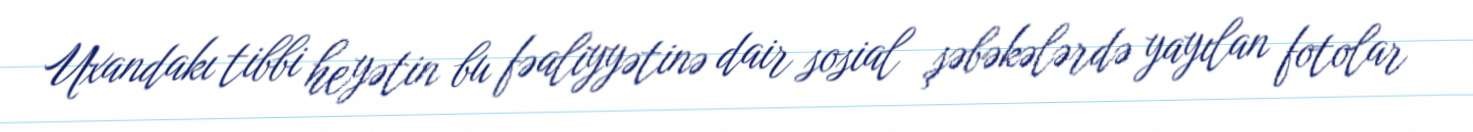
Uxandakı tibbi heyətin bu fəaliyyətinə dair sosial şəbəkələrdə yayılan fotolar